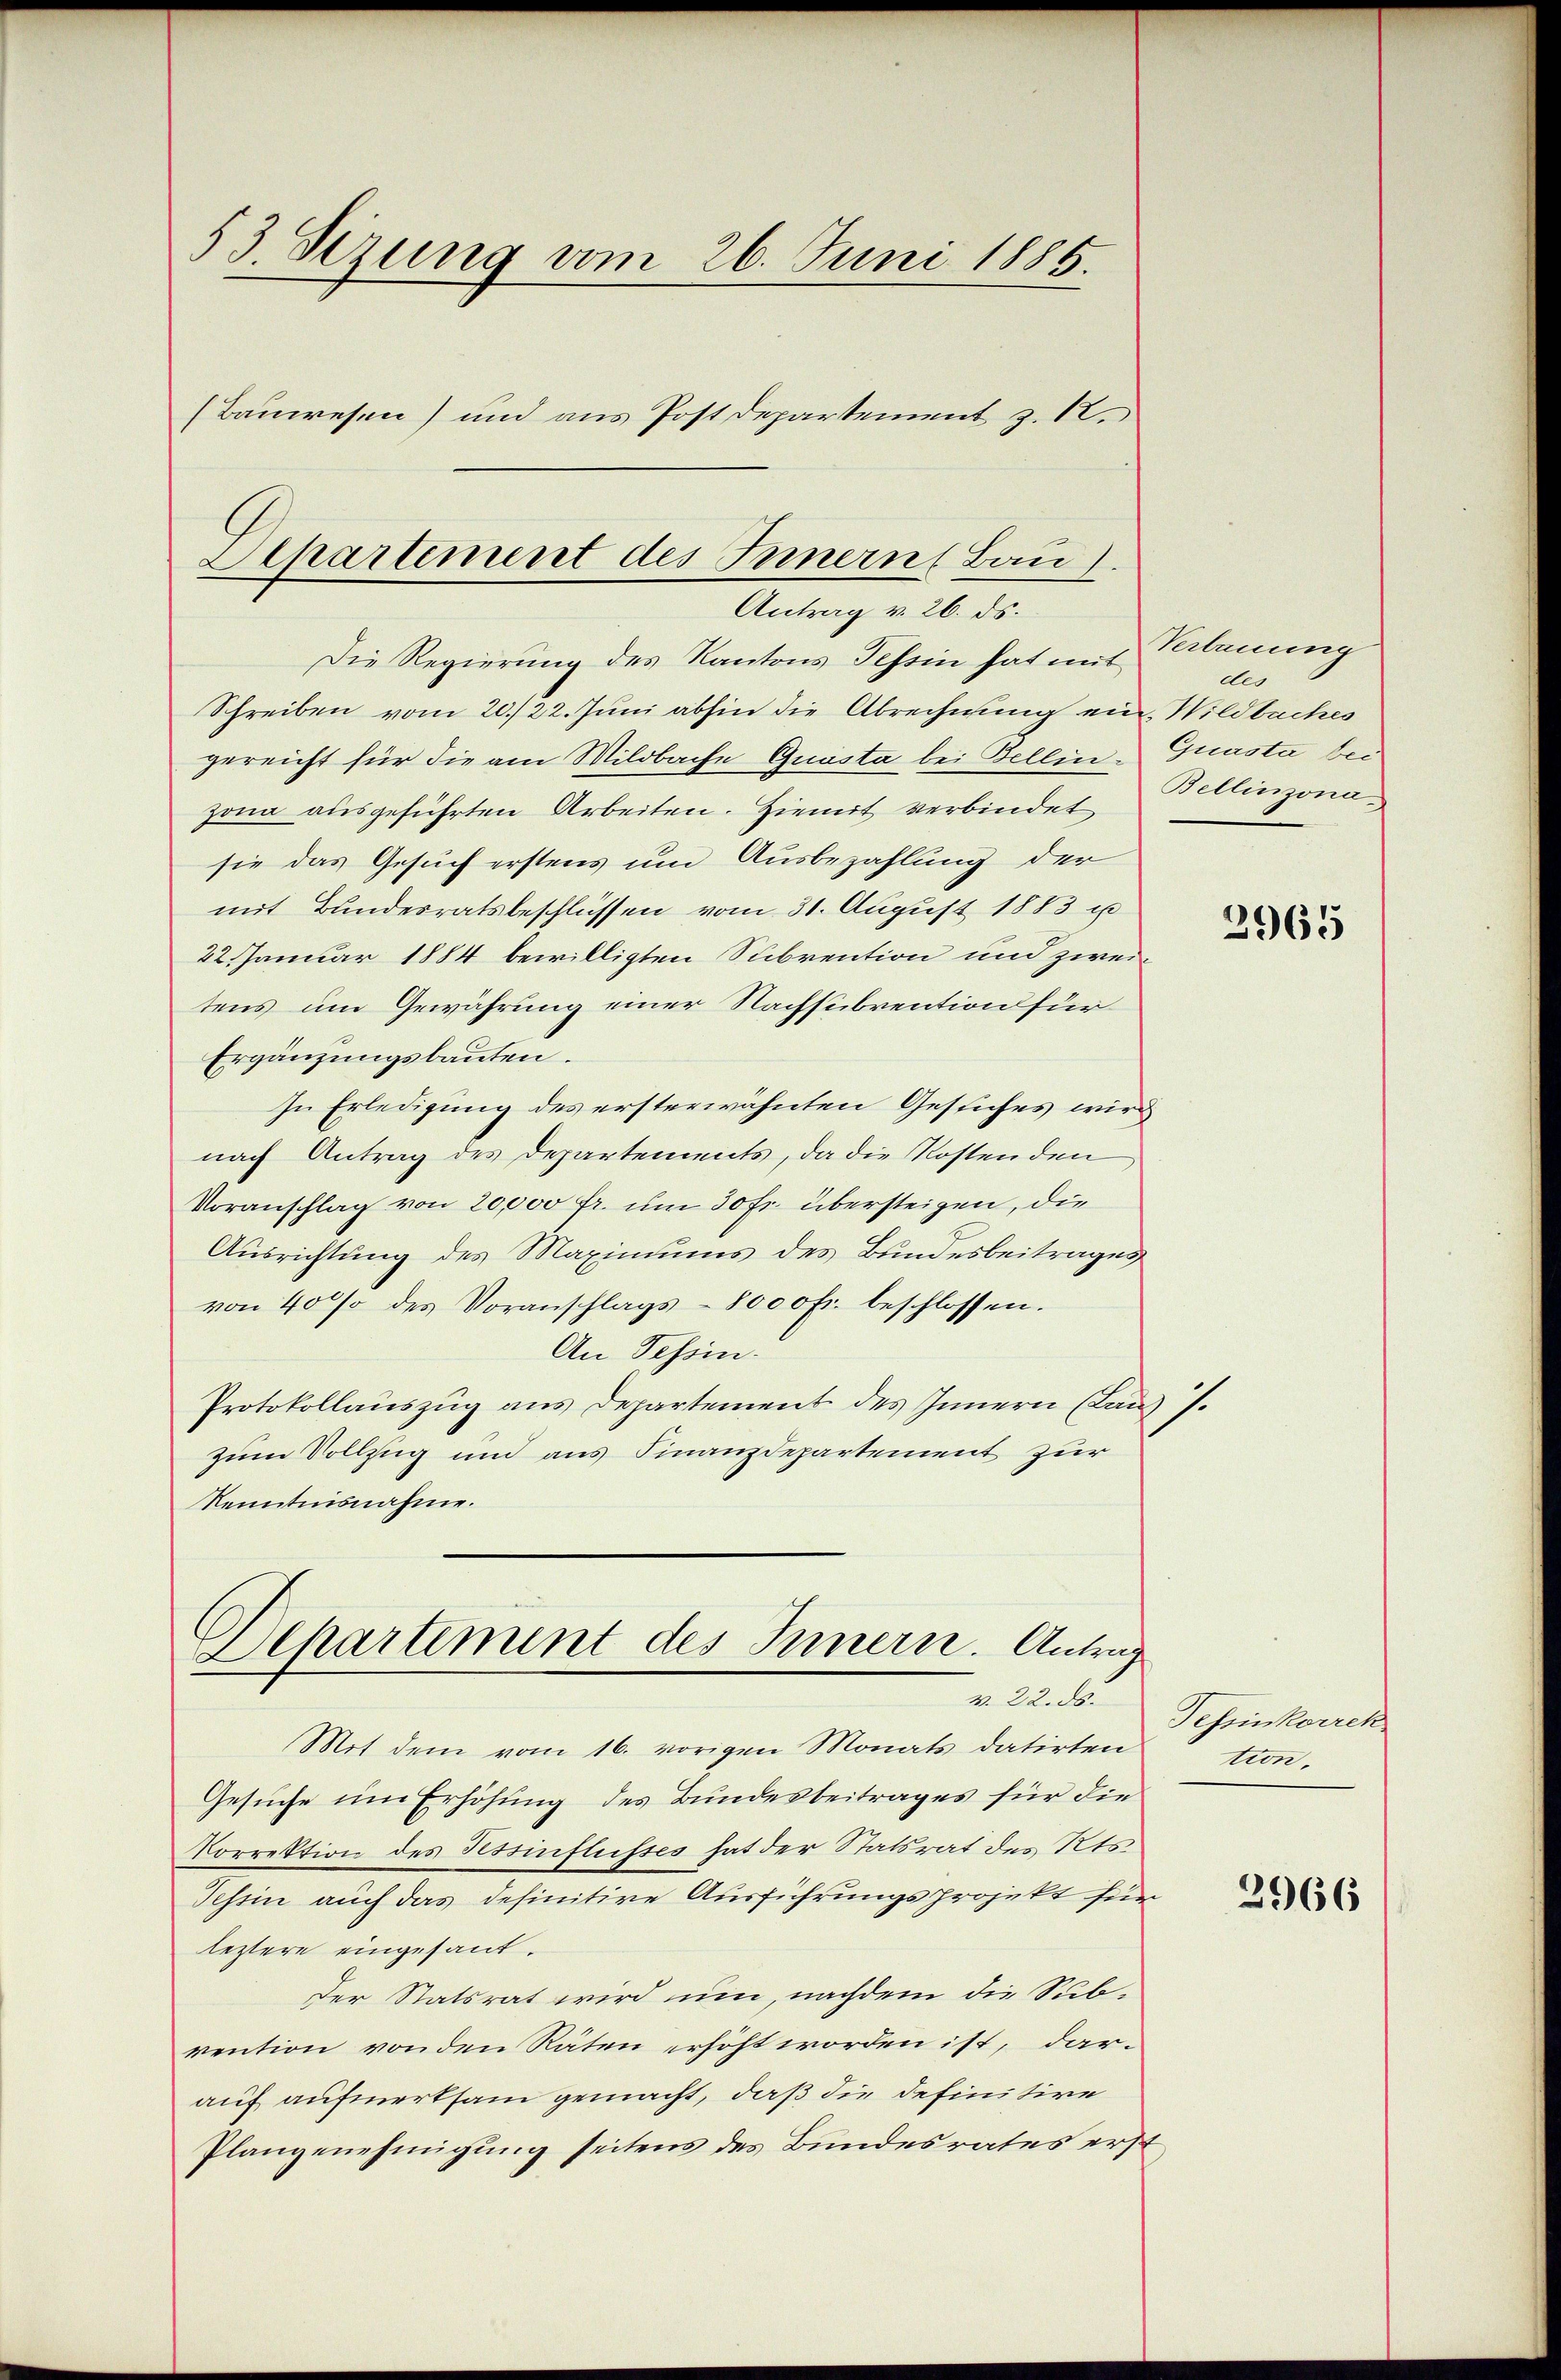
53. Setzung vom 26. Juni 1885.
(Bauwesen) und aus Post Departement z. 12.

Schreiben vom 20./22. Juni abhin die Abrechnung ein Wildbaches
gereicht für die am Mildbache Quasta bei Bellin-Grasta bei
zona ausgeführten Arbeiten. Hiemit verbindet
sie das Gesuch erstens um Ausbezahlung der
mit Bundesratsbeschlüssen vom 31. August 1883 i
22. Januar 1884 bewilligten Subvention und zweitens um Gewährung einer Nachsubvention für
Ergänzungsbauten.
In Erledigung des ersterwähnten Gesuches wird
nach Antrag des Departements, da die Kostenden
Voranschlag von 20,000 fr. um 30 Fr. übersteigen, die
Ausrichtung des Maximums des Bundesbeitrages
von 400 des Voranschlags- 8000 fr. beschlossen.
An Tessin.
Protokollauszug aus Departement des Innern (Lanz s.
zum Vollzug und aus Finanzdepartement zur
Kenntnisnahme.
Departement des Innern. Antrag

Departement des Innern, Bau).
Antrag v. 26. ds.
Die Regierung des Kantons Tessin hat mit

v. 22. ds.

Mit dem vom 16. vorigen Monats datirten
Gesuche um Erhöhung des Bundesbeitrages für die
Porrektion des Hessinflusses hat der Statsrat des Kts.
Tessin auch das definitive Ausführungsprojekt für
leztere eingesant.
Der Statsrat wird um, nachdem die Sub-
rention von den Räten erhöht worden ist, darauf aufmerksam gemacht, daß die definitire
Plangenehmigung seitens des Bundesrates erst

Verbauung
de
Bellinzona

2965

Tessinkorrek
tion.

2966